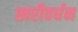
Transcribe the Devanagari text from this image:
खरीवर्धन